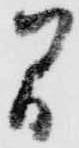
間